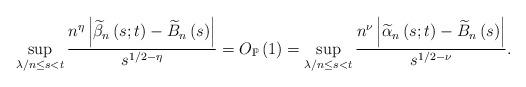
LaTeX: \begin{align*}\sup_{\lambda/n\leq s<t}\frac{n^{\eta}\left\vert \widetilde{\beta}_{n}\left(s;t\right) -\widetilde{B}_{n}\left( s\right) \right\vert }{s^{1/2-\eta}}=O_{\mathbb{P}}\left( 1\right) =\sup_{\lambda/n\leq s<t}\frac{n^{\nu}\left\vert \widetilde{\alpha}_{n}\left( s;t\right) -\widetilde{B}_{n}\left( s\right) \right\vert }{s^{1/2-\nu}}.\end{align*}